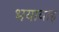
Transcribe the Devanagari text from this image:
भयावाह